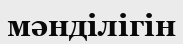
мәнділігін